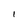
Character: I